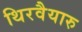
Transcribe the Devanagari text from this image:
थिरवैयारु